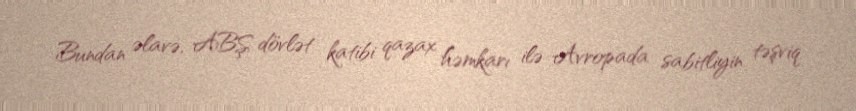
Bundan əlavə, ABŞ dövlət katibi qazax həmkarı ilə Avropada sabitliyin təşviq